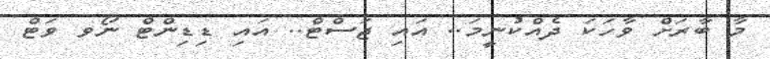
މާ ބާރަށް ވާހަކަ ދެއްކުނީމަ.. އައި ޖަސްޓް.. އައި ޑިޑިންޓް ނޯވ ވަޓް